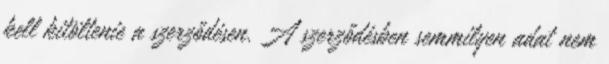
kell kitöltenie a szerződésen. A szerződésben semmilyen adat nem